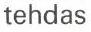
tehdas